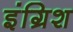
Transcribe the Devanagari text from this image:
इंग्रिश